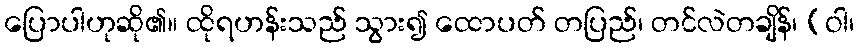
ပြောပါဟုဆို၏။ ထိုရဟန်းသည် သွား၍ ထောပတ် တပြည်၊ တင်လဲတချိန်၊ (ဝါ၊